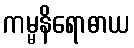
ကမ္မနိရောဓာယ